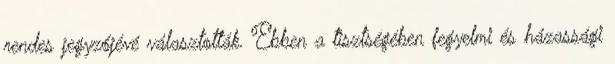
rendes jegyzőjévé választották. Ebben a tisztségében fegyelmi és házassági